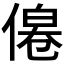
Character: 𠌔